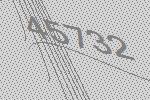
45732